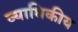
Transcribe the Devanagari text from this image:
व्याधिकीय